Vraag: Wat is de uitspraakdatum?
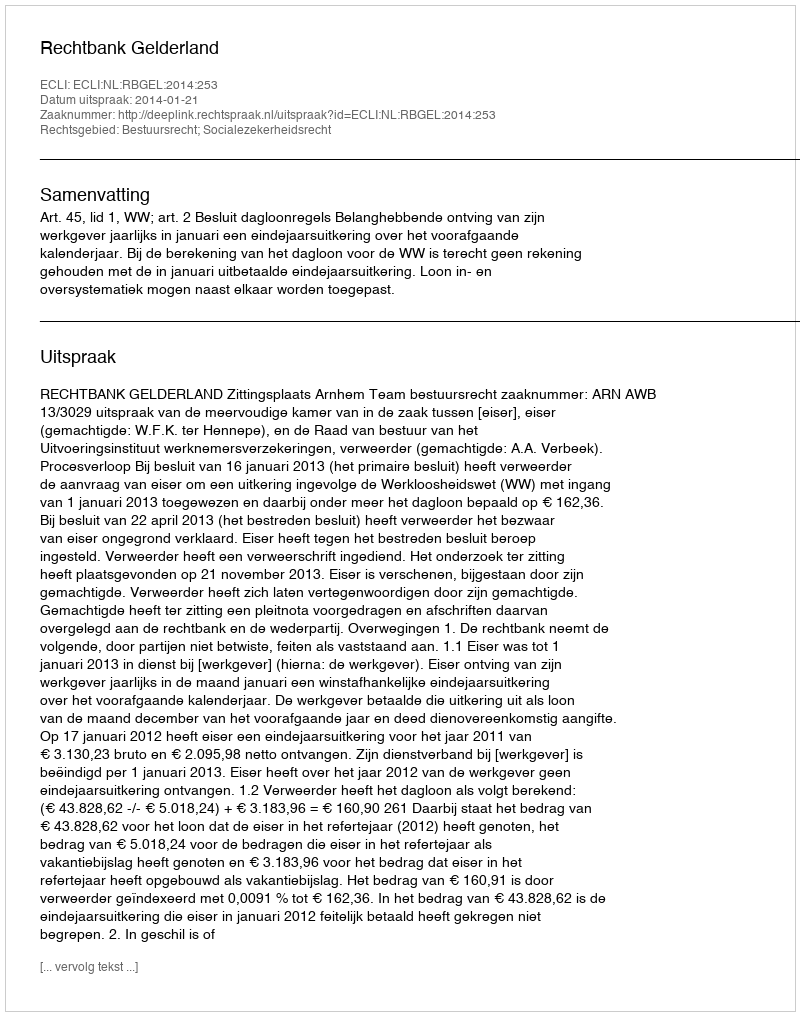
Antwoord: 2014-01-21